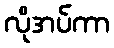
လိုအပ်ကာ